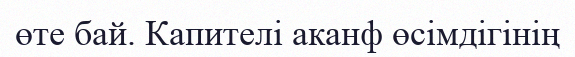
өте бай. Капителі аканф өсімдігінің